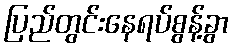
ပြည်တွင်းနေရပ်စွန့်ခွာ